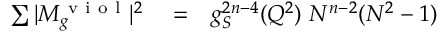
\begin{array} { r l r } { \sum \vert M _ { g } ^ { \mathrm { ~ v ~ i ~ o ~ l ~ } } \vert ^ { 2 } } & { { } = } & { g _ { S } ^ { 2 n - 4 } ( Q ^ { 2 } ) ~ N ^ { n - 2 } ( N ^ { 2 } - 1 ) } \end{array}